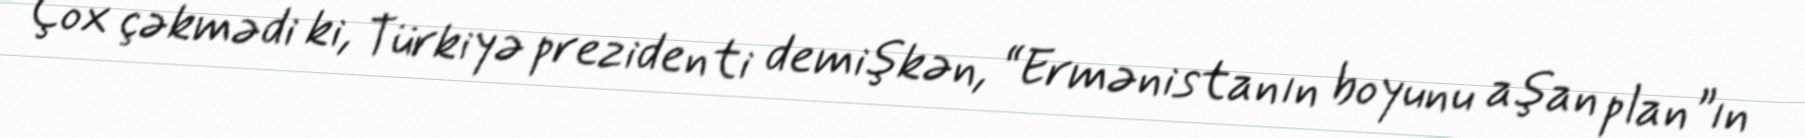
Çox çəkmədi ki, Türkiyə prezidenti demişkən, “Ermənistanın boyunu aşan plan”ın